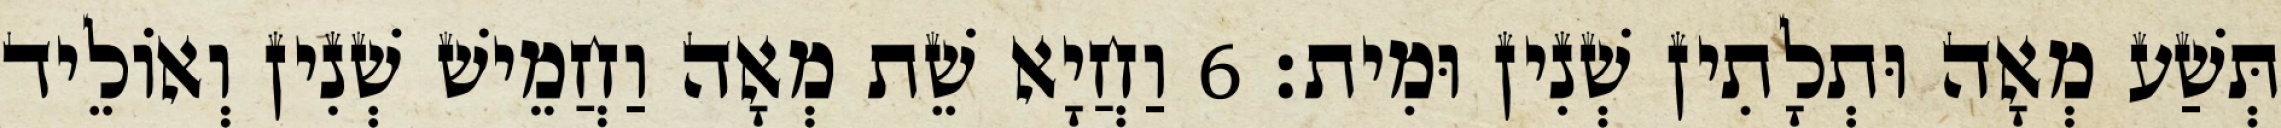
תְּשַׁע מְאָה וּתְלָתִין שְׁנִין וּמִית׃ 6 וַחֲיָא שֵׁת מְאָה וַחֲמֵישׁ שְׁנִין וְאוֹלֵיד